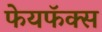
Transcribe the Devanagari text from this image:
फेयफॅक्स